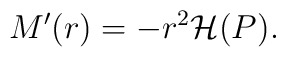
M^{\prime }(r)=-r^{2}{\cal H}(P).